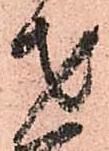
才